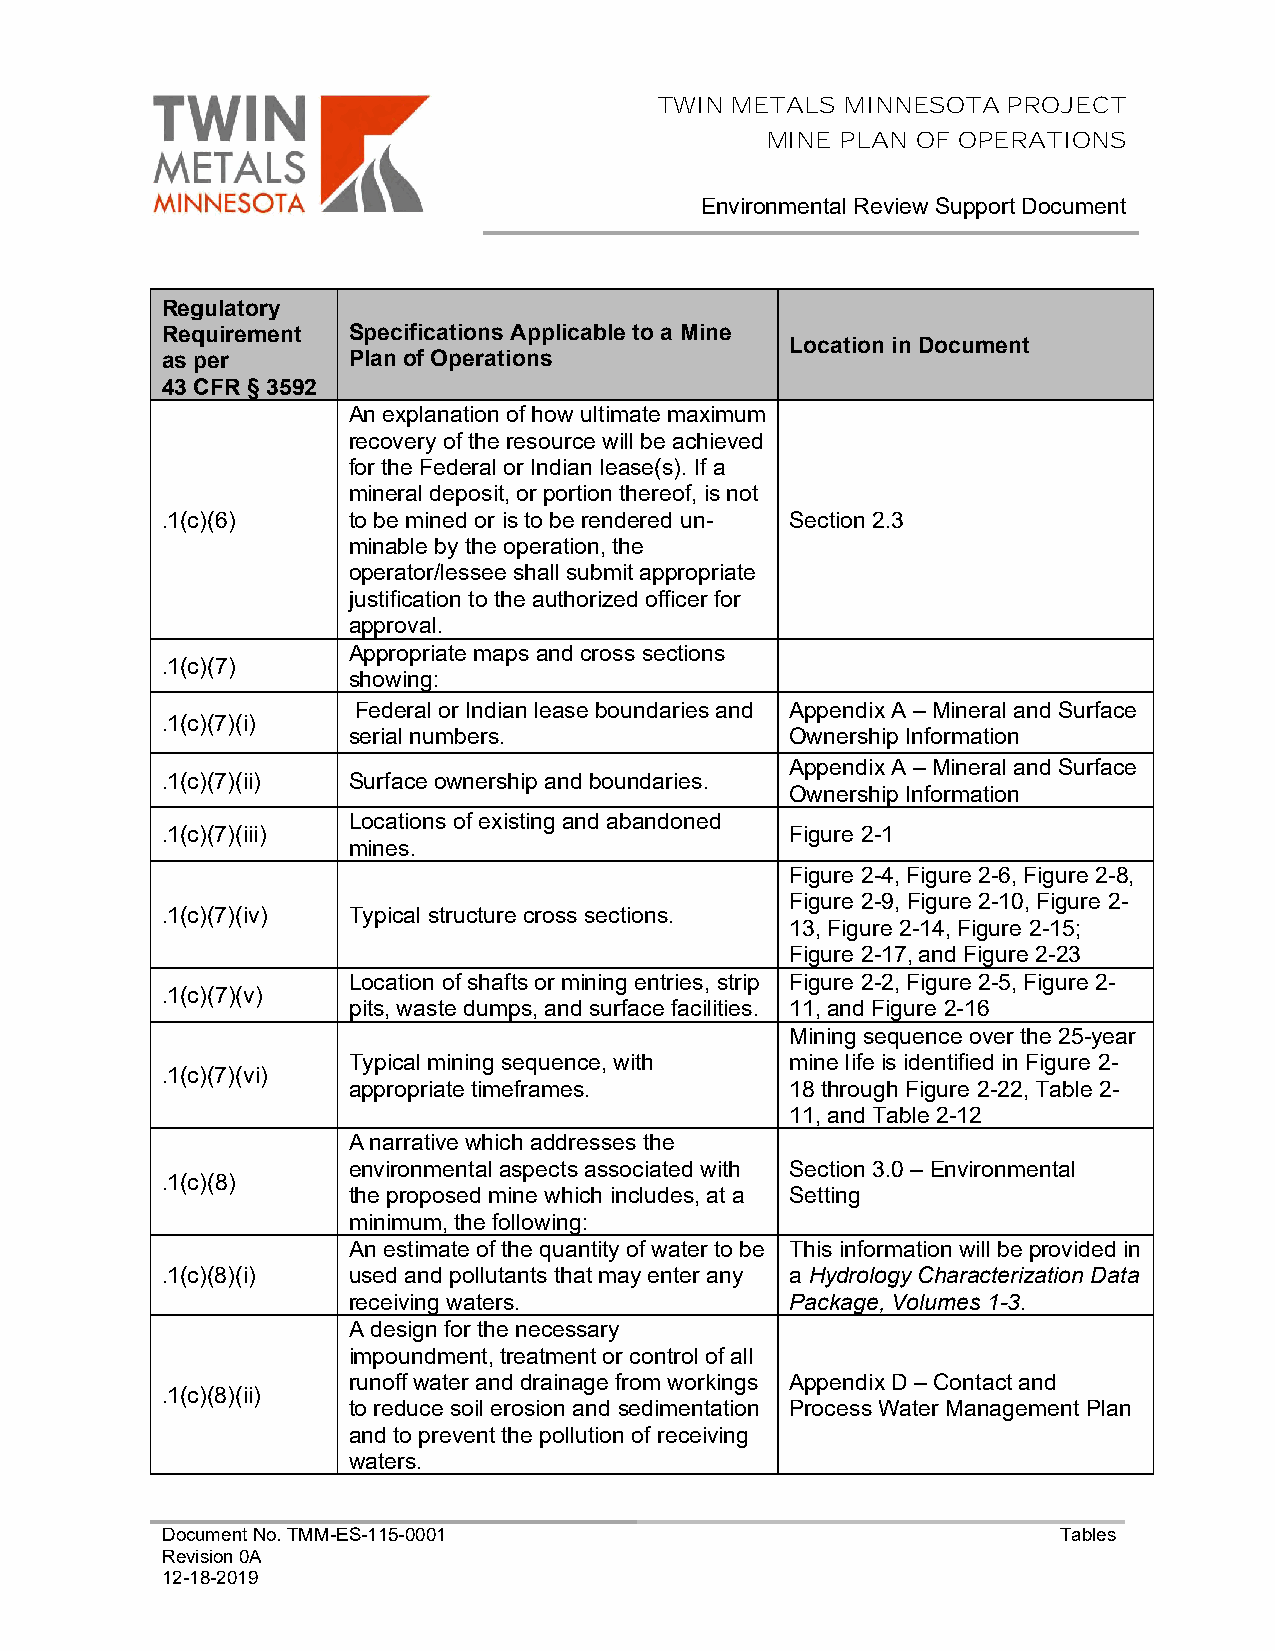
TWIN METALS MINNESOTA  PROJECT
 MINE PLAN OF OPERATIONS
 Environmental Review Support Document
 Regulatory
 Requirement Specifications Applicable to a Mine
 Location in Document
 as per      Plan of Operations
 43 CFR § 3592
 An explanation of how ultimate maximum
 recovery of the resource will be achieved
 for the Federal or Indian lease(s). If a
 mineral deposit, or portion thereof, is not
 .1(c)(6)    to be mined or is to be rendered un- Section 2.3
 minable by the operation, the
 operator/lessee shall submit appropriate
 justification to the authorized officer for
 approval.
 Appropriate maps and cross sections
 .1(c)(7)
 showing:
 Federal or Indian lease boundaries and Appendix A – Mineral and Surface
 .1(c)(7)(i)
 serial numbers.              Ownership Information
 Appendix A – Mineral and Surface
 .1(c)(7)(ii) Surface ownership and boundaries.
 Ownership Information
 Locations of existing and abandoned
 .1(c)(7)(iii)                            Figure 2-1
 mines.
 Figure 2-4, Figure 2-6, Figure 2-8,
 Figure 2-9, Figure 2-10, Figure 2-
 .1(c)(7)(iv) Typical structure cross sections.
 13, Figure 2-14, Figure 2-15;
 Figure 2-17, and Figure 2-23
 Location of shafts or mining entries, strip Figure 2-2, Figure 2-5, Figure 2-
 .1(c)(7)(v)
 pits, waste dumps, and surface facilities. 11, and Figure 2-16
 Mining sequence over the 25-year
 Typical mining sequence, with mine life is identified in Figure 2-
 .1(c)(7)(vi)
 appropriate timeframes.      18 through Figure 2-22, Table 2-
 11, and Table 2-12
 A narrative which addresses the
 environmental aspects associated with Section 3.0 – Environmental
 .1(c)(8)
 the proposed mine which includes, at a Setting
 minimum, the following:
 An estimate of the quantity of water to be This information will be provided in
 .1(c)(8)(i) used and pollutants that may enter any a Hydrology Characterization Data
 receiving waters.            Package, Volumes 1-3.
 A design for the necessary
 impoundment, treatment or control of all
 runoff water and drainage from workings Appendix D – Contact and
 .1(c)(8)(ii)
 to reduce soil erosion and sedimentation Process Water Management Plan
 and to prevent the pollution of receiving
 waters.
 Document No. TMM-ES-115-0001                               Tables
 Revision 0A
 12-18-2019